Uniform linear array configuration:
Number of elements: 4
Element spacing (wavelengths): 0.5
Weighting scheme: cosine
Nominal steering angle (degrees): -45
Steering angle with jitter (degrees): -45.653
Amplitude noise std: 0.05
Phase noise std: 0.05

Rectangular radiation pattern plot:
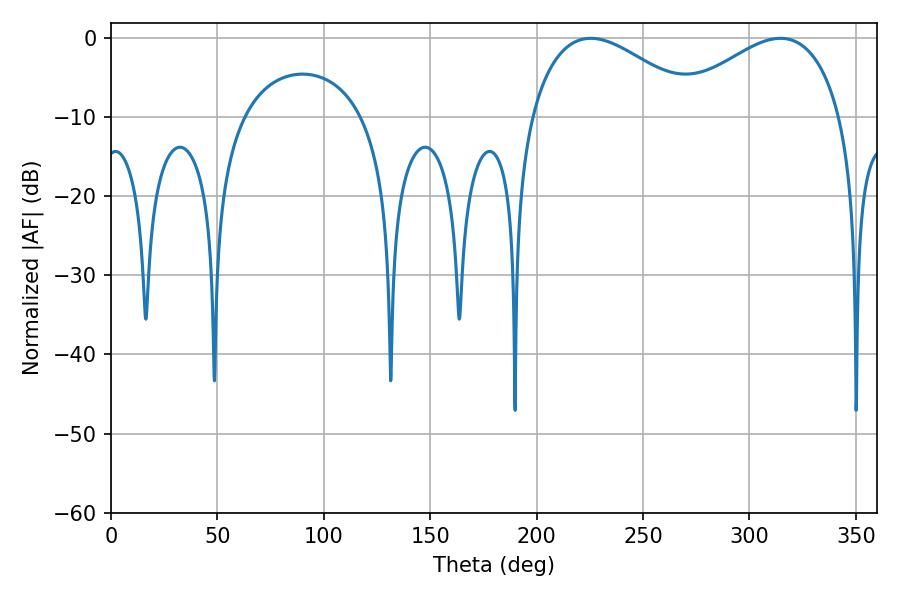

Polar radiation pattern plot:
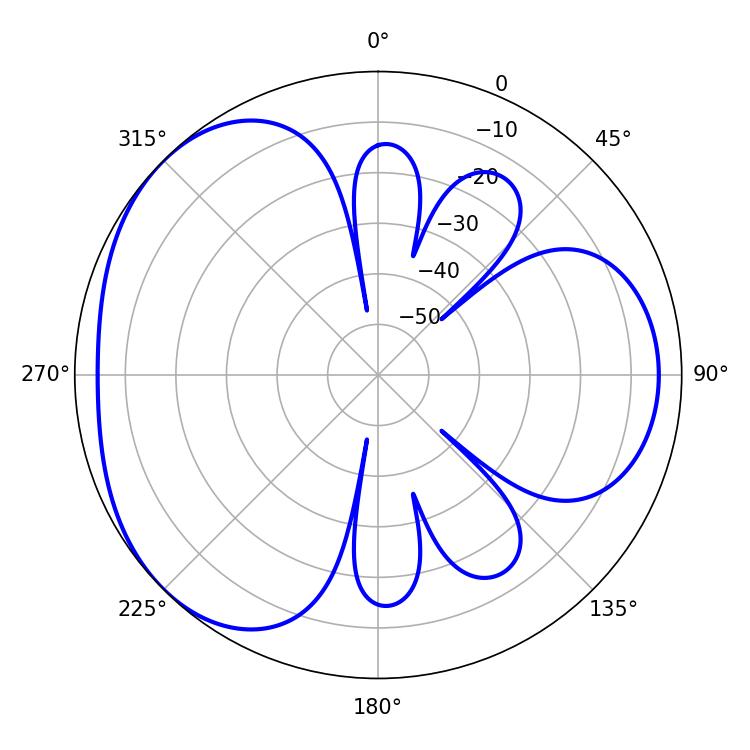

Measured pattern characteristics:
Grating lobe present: FALSE
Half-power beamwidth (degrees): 43.74
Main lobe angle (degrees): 225.36